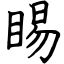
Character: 睗